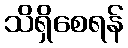
သိရှိစေရန်